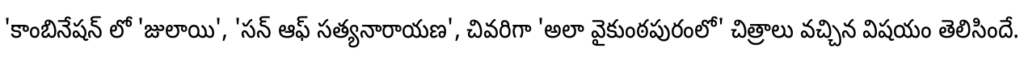
'కాంబినేషన్ లో 'జులాయి', 'సన్ ఆఫ్ సత్యనారాయణ', చివరిగా 'అలా వైకుంఠపురంలో' చిత్రాలు వచ్చిన విషయం తెలిసిందే.